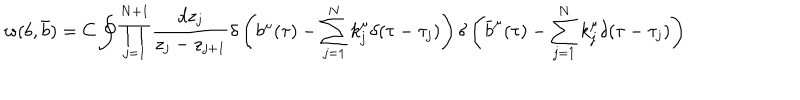
w ( b , \bar { b } ) = C \oint \prod _ { j = 1 } ^ { N + 1 } { \frac { d z _ { j } } { z _ { j } - z _ { j + 1 } } } \delta \left( b ^ { \mu } ( \tau ) - \sum _ { j = 1 } ^ { N } k _ { j } ^ { \mu } \delta ( \tau - \tau _ { j } ) \right) \delta \left( \bar { b } ^ { \mu } ( \tau ) - \sum _ { j = 1 } ^ { N } k _ { j } ^ { \mu } \delta ( \tau - \tau _ { j } ) \right)